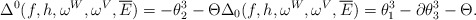
\begin{align*}\Delta^0(f, h, \omega^{W}, \omega^{V}, \overline{E})=-\theta_{2}^3 -\Theta\Delta_0(f, h, \omega^W, \omega^V, \overline{E})=\theta_{1}^3-\partial\theta_{3}^3 -\Theta.\end{align*}